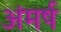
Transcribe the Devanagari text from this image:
अंमर्ष